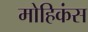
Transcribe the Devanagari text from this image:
मोहिकंस